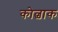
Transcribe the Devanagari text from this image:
कोल्चाक